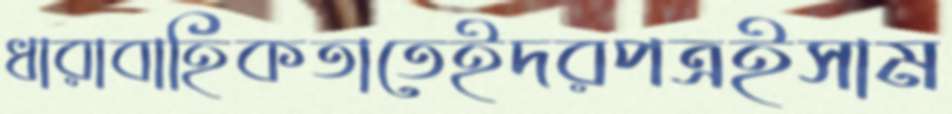
ধারাবাহিকতাতেইদরপত্রইসাম